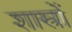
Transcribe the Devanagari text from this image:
शास्त्राें